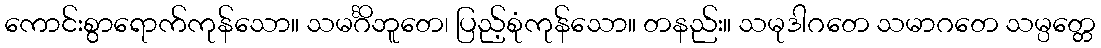
ကောင်းစွာရောက်ကုန်သော။ သမင်္ဂိဘူတေ၊ ပြည့်စုံကုန်သော။ တနည်း။ သမုဒါဂတေ သမာဂတေ သမ္ပတ္တေ